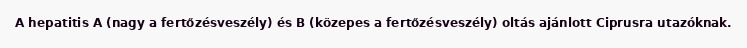
A hepatitis A (nagy a fertőzésveszély) és B (közepes a fertőzésveszély) oltás ajánlott Ciprusra utazóknak.